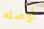
أوصله